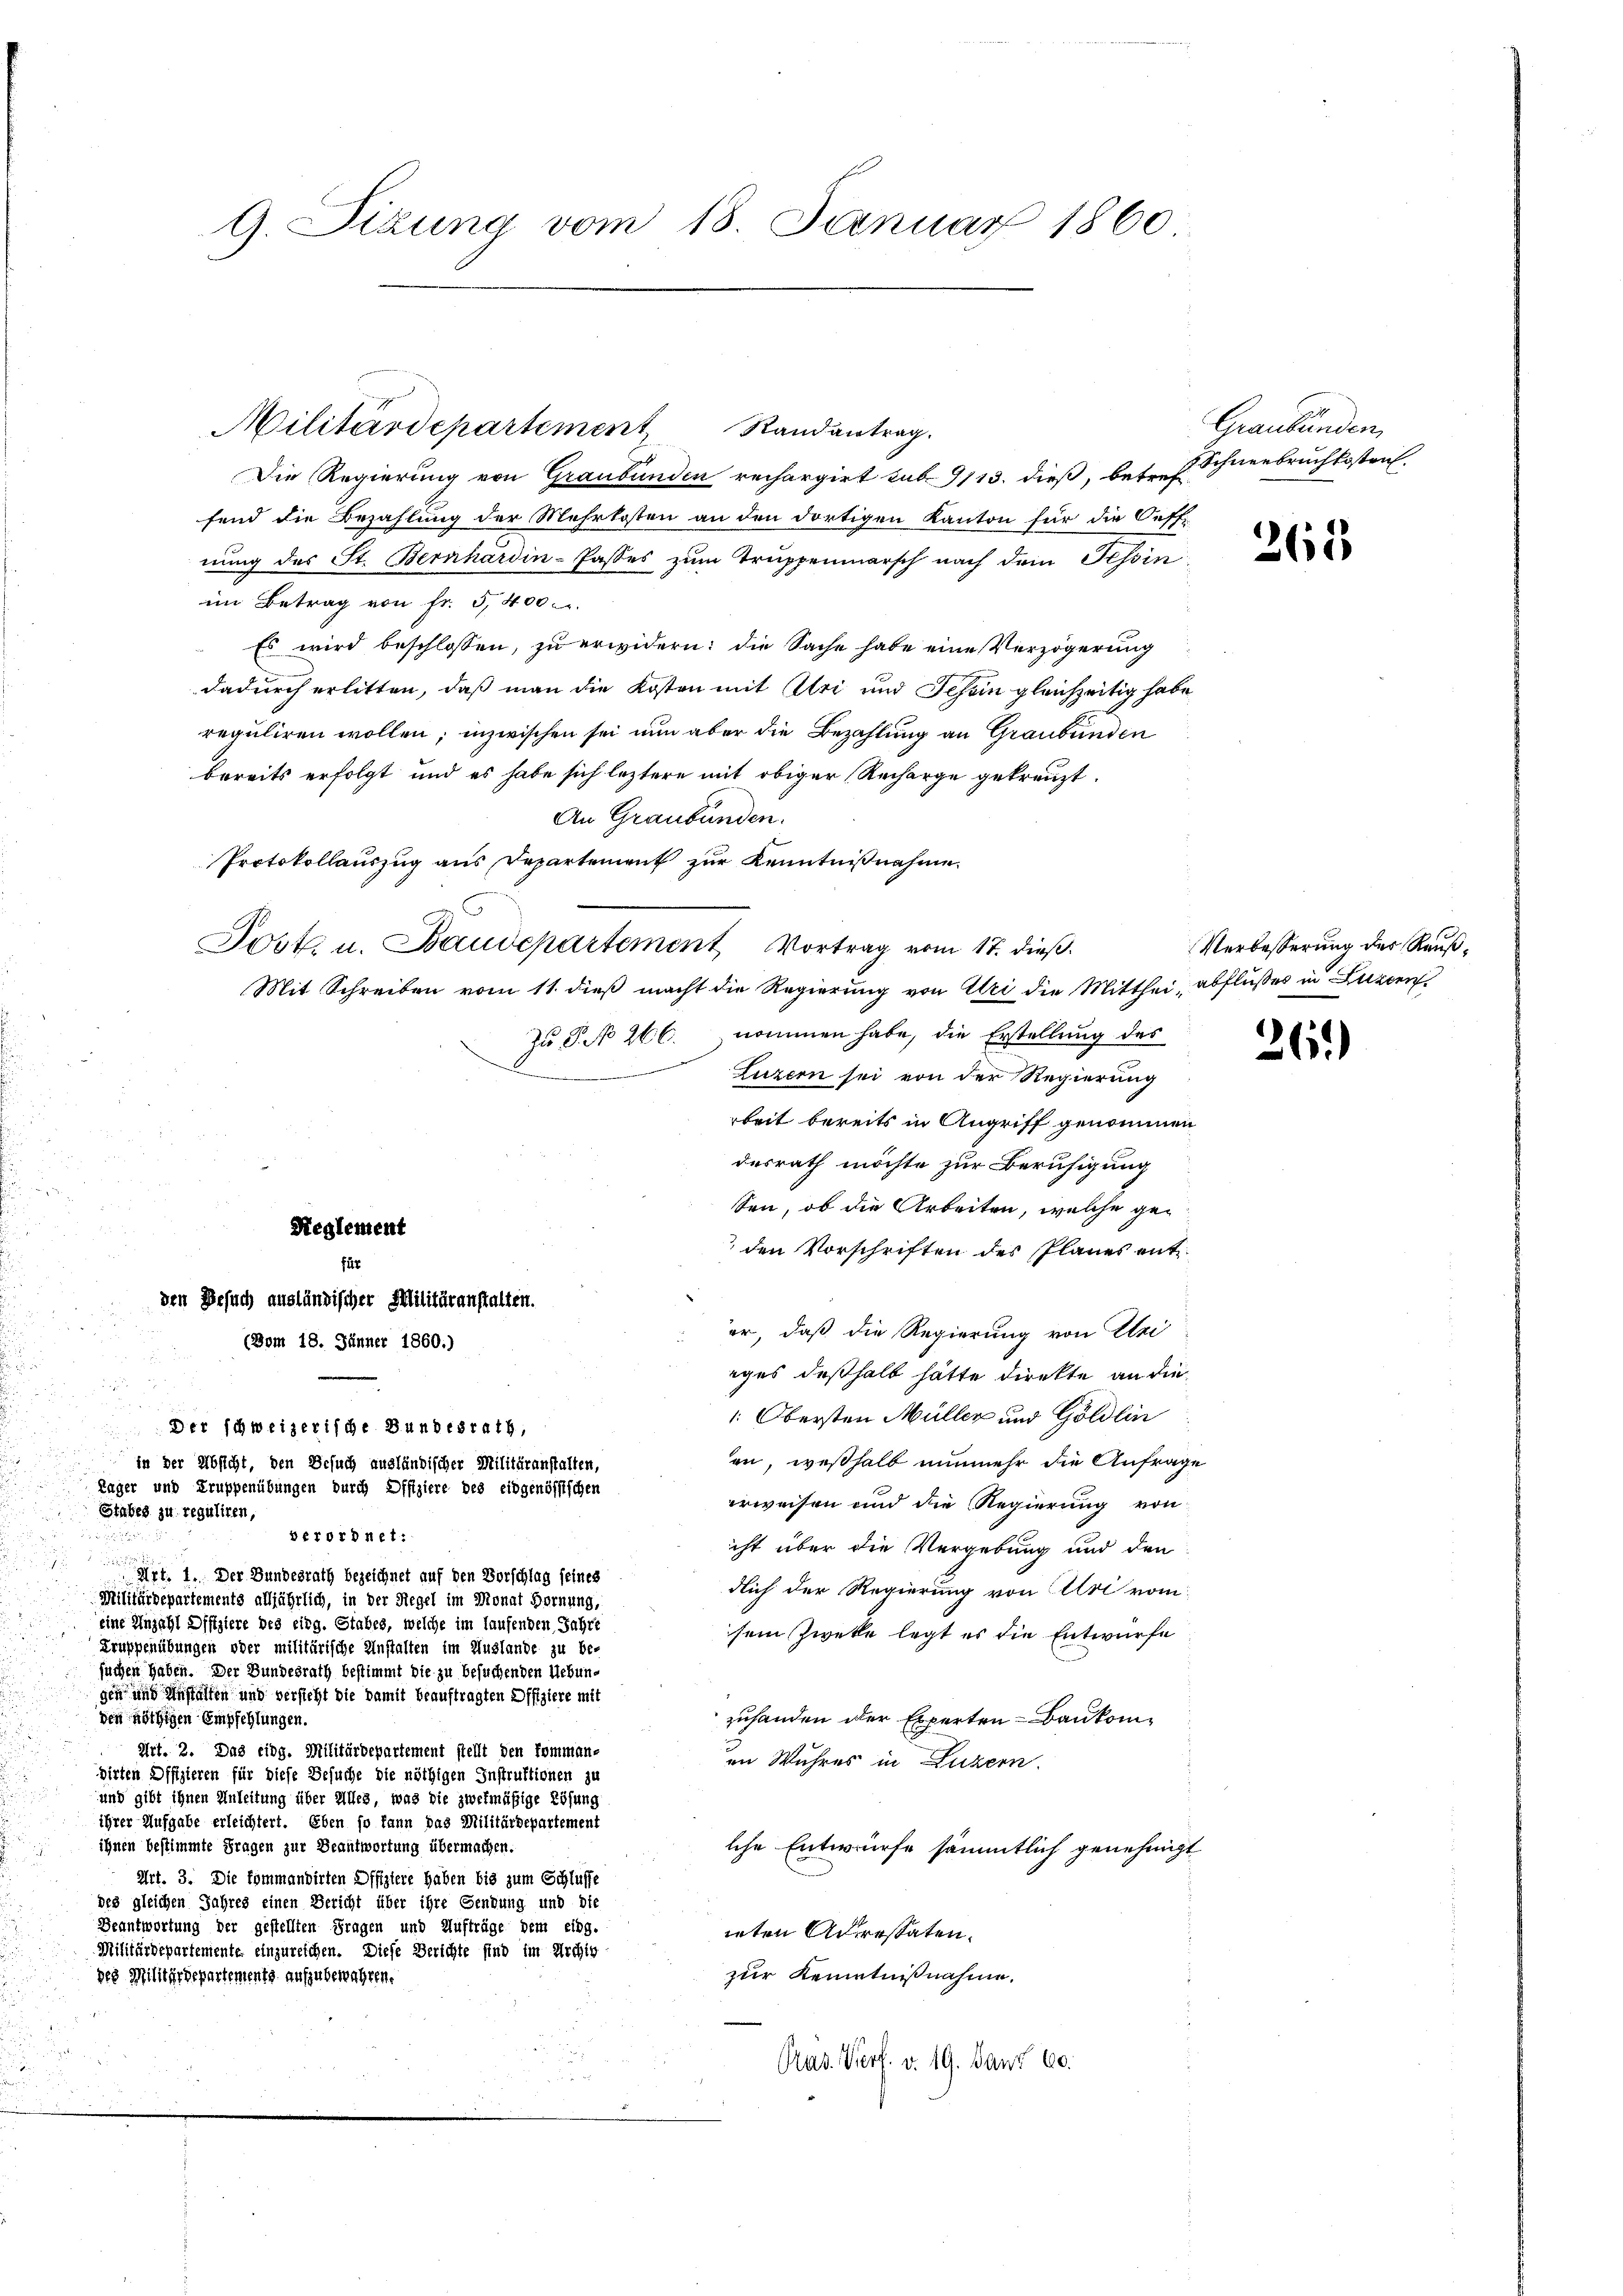
Militärdepartement Randantrag.
Die Regierung von Graubünden rechargirt sub 9113. dieß, betr. P. Schneebruch kosten
fend die Bezahlung der Mehrkosten an den dortigen Kanton für die Oeff-
nung des St. Bernhardin-Passes zum Truppenmarsch nach dem Tessin
im Betrag von Fr. 5400.
Es wird beschlossen, zu erwidern: die Sache habe eine Verzögerung
dadurch erlitten, daß man die Kosten mit Uri und Schein gleichzeitig habe
reguliren wollen; inzwischen sei nun aber die Bezahlung an Graubünden
bereits erfolgt und es habe sich leztere mit obiger Recharge gekreuzt.
An Graubünden.
Protokollauszug aus Departement zur Kenntnißnahme.
Mit Schreiben vom 11. dieß macht die Regierung von Uri die Mitthei- abflußes in Luzern,
Zu S. No 266. nommen habe, die Erstellung des
 Luzern sei von der Regierung
rbeit bereits in Angriff genommen
desrath möchte zur Beruhigung
sen, ob die Arbeiten, welche geden Vorschriften des Planes entfür
den Besuch ausländischer Militäranstalten.
er, daß die Regierung von Uri
(Dom 18. Jänner 1860.)
iges deßhalb hätte direkte an die

: Obersten Müller und Göldlin
Der schweizerische Bundesrath,
an, weßhalb nunmehr die Anfrage
in der Absicht, den Besuch ausländischer Militäranstalten,
Kager und Truppenübungen durch Offiziere des eidgenössischen
erweisen und die Regierung von
Stabes zu reguliren,
berordnet:

ist über die Vergebung und den

Art. 1. Der Bundesrath bezeichnet auf den Vorschlag seines
dlich der Regierung von Uri vom
Militärdepartements alljährlich, in der Regel im Monat Fernung,
eine Anzahl Offiziere des eidg. Stabes, welche im laufenden Jahre
sein Zwecke legt es die Entwurfe
Truppenübungen oder militärische Anstalten im Auslande zu be-
suchen haben. Der Bundesrath bestimmt die zu besuchenden Uebunden und Anstalten und versteht die damit beauftragten Offiziere mit
zuhanden der Experten Baukomden nöthigen Empfehlungen.
Art. 2. Das eidg. Militärdepartement stellt den kommen-
in Wuhres in Luzern.
dirten Offizieren für diese Besuche die nöthigen Instruktionen zu
und gibt ihnen Anleitung über Alles, was die zwekmäßige Lösung
ihrer Aufgabe erleichtert. Eben so kann das Militärdepartement
ihnen bestimmte Fragen zur Beantwortung übermachen.
lche Entwurfe sämmtlich genehmigt
Art. 3. Die kommandirten Offiziere haben bis zum Schlüsse
des gleichen Jahres einen Bericht über ihre Sendung und die
Beantwortung der gestellten Fragen und Aufträge dem eidg.
ieten Adressaten.
Militärdepartemente einzureichen. Diese Berichte sind im Archig-
zur Kenntnißnahme.
des Militärdepartements aufzubewahren.
Prad. Verf. v. 19. Janr 60.

9. Sizung vom 18. Januar 1860

Reglement

Post u. Baudepartement Vortrag vom 17. dieß

Graubünden,

261

Verbesserung der Reuß¬

261)